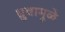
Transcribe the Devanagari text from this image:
ध्रुवामुळे